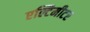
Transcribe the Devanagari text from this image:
एल्टिमीटर